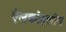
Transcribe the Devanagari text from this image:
ऐलकोहलीय